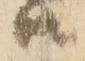
ハ